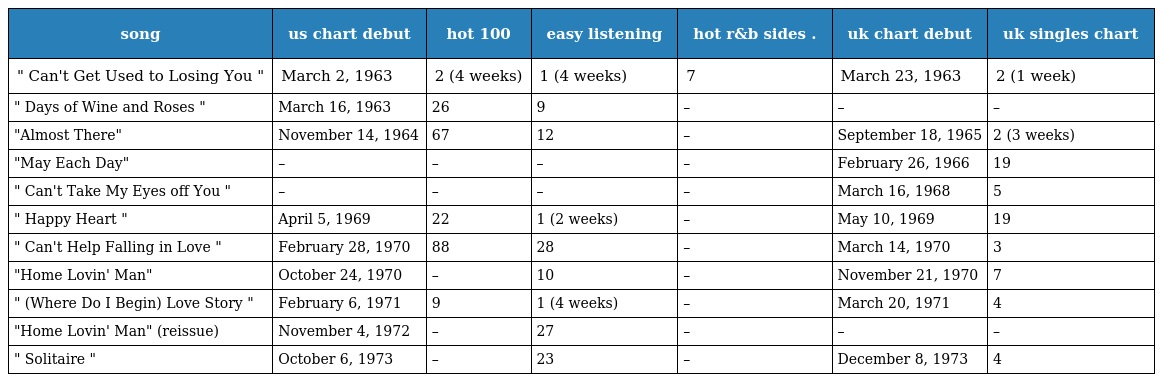
| song | us chart debut | hot 100 | easy listening | hot r&b sides . | uk chart debut | uk singles chart |
 | --- | --- | --- | --- | --- | --- | --- |
 | " Can't Get Used to Losing You " | March 2, 1963 | 2 (4 weeks) | 1 (4 weeks) | 7 | March 23, 1963 | 2 (1 week) |
 | " Days of Wine and Roses " | March 16, 1963 | 26 | 9 | – | – | – |
 | "Almost There" | November 14, 1964 | 67 | 12 | – | September 18, 1965 | 2 (3 weeks) |
 | "May Each Day" | – | – | – | – | February 26, 1966 | 19 |
 | " Can't Take My Eyes off You " | – | – | – | – | March 16, 1968 | 5 |
 | " Happy Heart " | April 5, 1969 | 22 | 1 (2 weeks) | – | May 10, 1969 | 19 |
 | " Can't Help Falling in Love " | February 28, 1970 | 88 | 28 | – | March 14, 1970 | 3 |
 | "Home Lovin' Man" | October 24, 1970 | – | 10 | – | November 21, 1970 | 7 |
 | " (Where Do I Begin) Love Story " | February 6, 1971 | 9 | 1 (4 weeks) | – | March 20, 1971 | 4 |
 | "Home Lovin' Man" (reissue) | November 4, 1972 | – | 27 | – | – | – |
 | " Solitaire " | October 6, 1973 | – | 23 | – | December 8, 1973 | 4 |